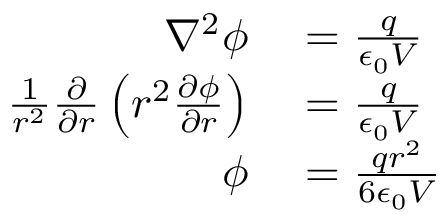
\begin{array} { r l } { \nabla ^ { 2 } \phi } & { { } = \frac { q } { \epsilon _ { 0 } V } } \\ { \frac { 1 } { r ^ { 2 } } \frac { \partial } { \partial r } \left( r ^ { 2 } \frac { \partial \phi } { \partial r } \right) } & { { } = \frac { q } { \epsilon _ { 0 } V } } \\ { \phi } & { { } = \frac { q r ^ { 2 } } { 6 \epsilon _ { 0 } V } } \end{array}